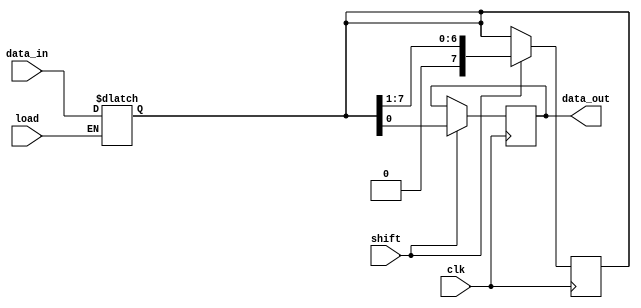
module PISO_Register (
    input wire [7:0] data_in,  // 8-bit parallel data input
    input wire load,            // Asynchronous load control signal
    input wire shift,           // Shift control signal
    input wire clk,             // Clock signal
    output reg data_out         // Serial data output
);

    reg [7:0] shift_reg;        // Internal 8-bit register for holding data

    always @(*) begin
        if (load) begin
            // Load data_in into shift_reg asynchronously
            shift_reg = data_in;
        end
    end

    always @(posedge clk) begin
        if (shift) begin
            // Shift data out on the rising edge of clk
            data_out <= shift_reg[0]; // Output the LSB
            shift_reg <= {1'b0, shift_reg[7:1]}; // Shift left, filling LSB with 0
        end
    end

endmodule